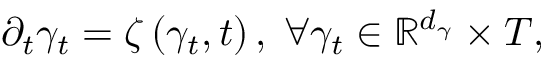
\begin{array} { r } { \partial _ { t } \gamma _ { t } = \zeta \left( \gamma _ { t } , t \right) , \; \forall \gamma _ { t } \in \mathbb { R } ^ { d _ { \gamma } } \times T , } \end{array}